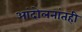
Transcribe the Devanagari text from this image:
आंदोलनांतही